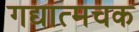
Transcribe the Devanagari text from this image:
गद्यात्मचक